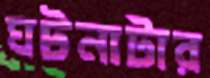
ঘটনাটার